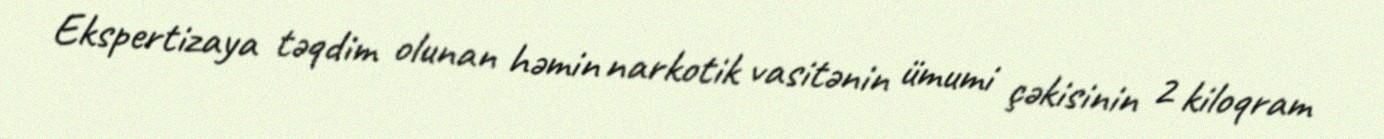
Ekspertizaya təqdim olunan həmin narkotik vasitənin ümumi çəkisinin 2 kiloqram